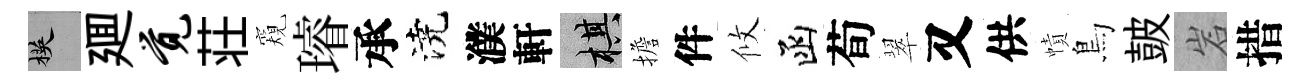
楧廽觉荘窺璿承澆濮軒棋擔件攸函荀翠又供幘鳥皷岩措